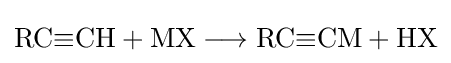
{\mathrm {RC} {\equiv }\mathrm {CH} {}+{}\mathrm {MX} {}\mathrel {\longrightarrow } {}\mathrm {RC} {\equiv }\mathrm {CM} {}+{}\mathrm {HX} }